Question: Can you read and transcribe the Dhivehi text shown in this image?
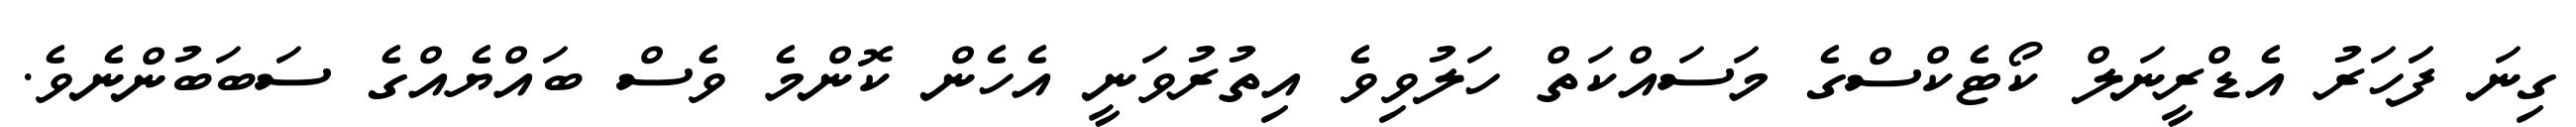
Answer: ގިނަ ފަަހަރު އެޑްރީނަލް ކޯޓެކްސްގެ މަސައްކަތް ހަލުވިވެ އިތުރުވަނީ އެހެން ކޮންމެ ވެސް ބައްޔެއްގެ ސަބަބުންނެވެ.